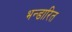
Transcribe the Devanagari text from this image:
भन्‍डारित